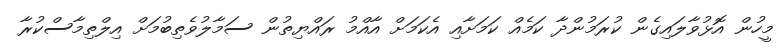
މީހުން އޮޅުވާލައިގެން ކުރަމުންދާ ކަމެއް ކަމަށާއި އެކަމަށް އާއްމު ރައްޔިތުން ސަމާލުވެތިބުމަށް އިލްތިމާސްކުރާ